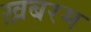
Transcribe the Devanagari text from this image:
ख़बरम